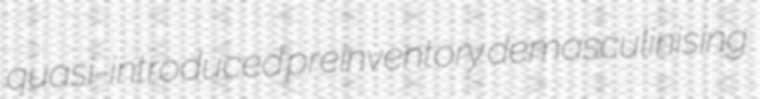
quasi-introduced preinventory demasculinising